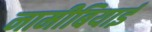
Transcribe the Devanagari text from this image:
नामीबियाई